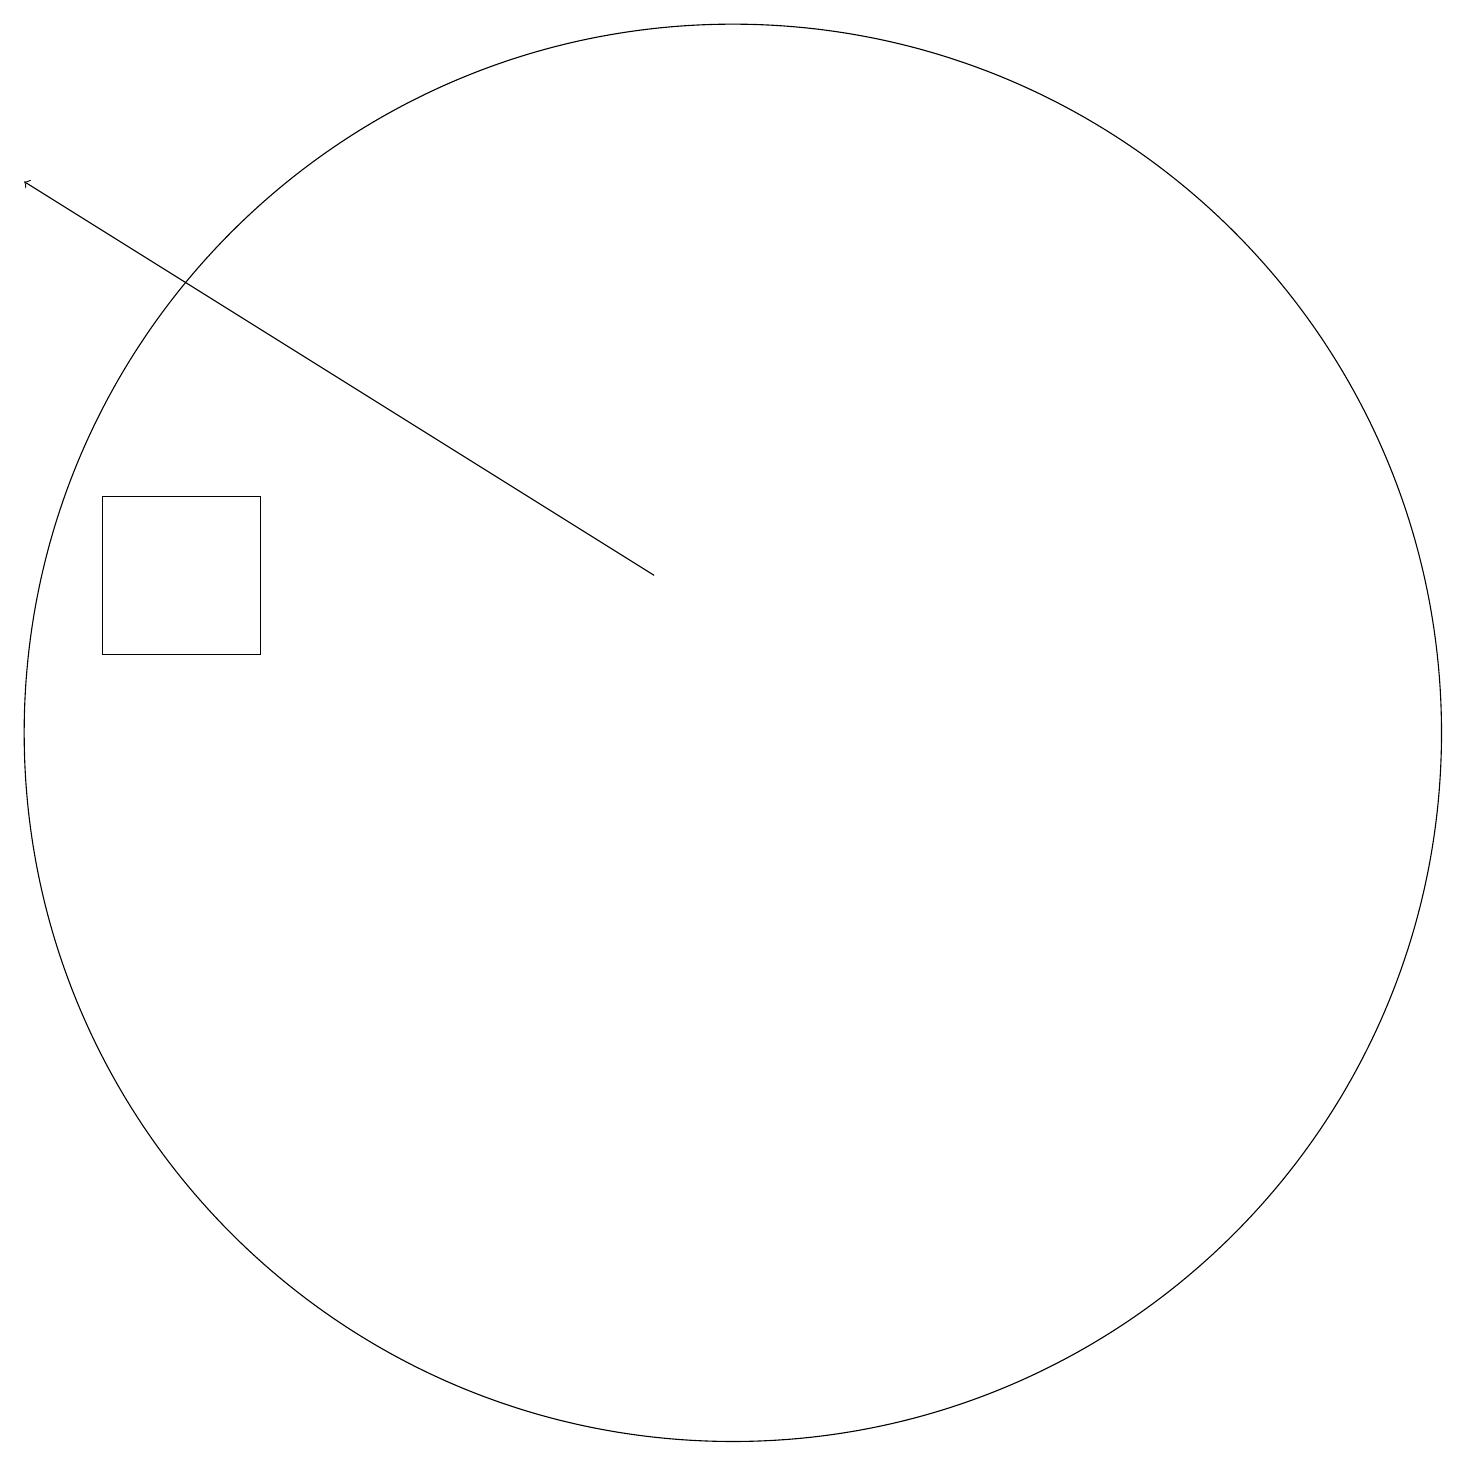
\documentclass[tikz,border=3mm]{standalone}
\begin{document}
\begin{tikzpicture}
\draw (4,15) rectangle (2,13);
\draw (10,12) circle (9);
\draw[->] (9,14) -- (1,19);
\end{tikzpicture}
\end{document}